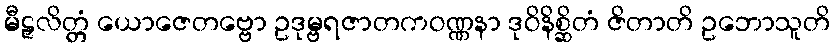
မီဠှလိတ္တံ ယောဇေတဗ္ဗော ဥဒုမ္ဗရဇာတကဝဏ္ဏနာ ဒုဝိနိစ္ဆိတံ ဇိတာတိ ဥဘောသူတိ